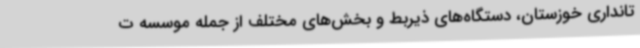
تانداری خوزستان، دستگاه‌های ذیربط و بخش‌های مختلف از جمله موسسه ت